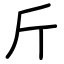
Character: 斤